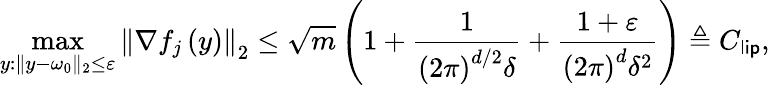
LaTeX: \operatorname*{max}_{y:\Vert y-\omega_{0}\Vert_{2}\leq\varepsilon}\left\Vert\nabla f_{j}\left(y\right)\right\Vert_{2}\leq\sqrt{m}\left(1+\frac{1}{\left(2\pi\right)^{d/2}\delta}+\frac{1+\varepsilon}{\left(2\pi\right)^{d}\delta^{2}}\right)\triangleq C_{\mathsf{lip}},